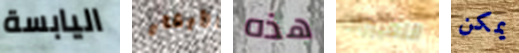
اليابسة الأبقار هذه التغييرات يمكن